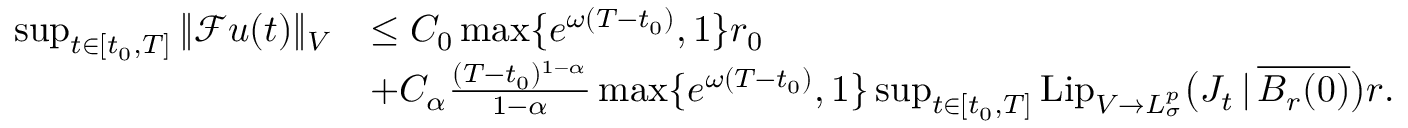
\begin{array} { r l } { \operatorname* { s u p } _ { t \in [ t _ { 0 } , T ] } \Vert \mathcal { F } u ( t ) \Vert _ { V } } & { \leq C _ { 0 } \operatorname* { m a x } \{ e ^ { \omega ( T - t _ { 0 } ) } , 1 \} r _ { 0 } } \\ & { + C _ { \alpha } \frac { ( T - t _ { 0 } ) ^ { 1 - \alpha } } { 1 - \alpha } \operatorname* { m a x } \{ e ^ { \omega ( T - t _ { 0 } ) } , 1 \} \operatorname* { s u p } _ { t \in [ t _ { 0 } , T ] } \mathrm { L i p } _ { V \to L _ { \sigma } ^ { p } } \big ( J _ { t } \, | \, \overline { { B _ { r } ( 0 ) } } \big ) r . } \end{array}